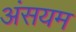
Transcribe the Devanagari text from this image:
अंसयम